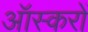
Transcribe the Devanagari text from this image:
ऑस्करों